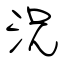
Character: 況